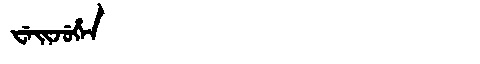
Manchu: ᠸᡝᡳᠵᡠᡥᡝᠨ
Romanization: WEIJUHEN